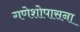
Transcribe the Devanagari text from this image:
गणेशोपासना